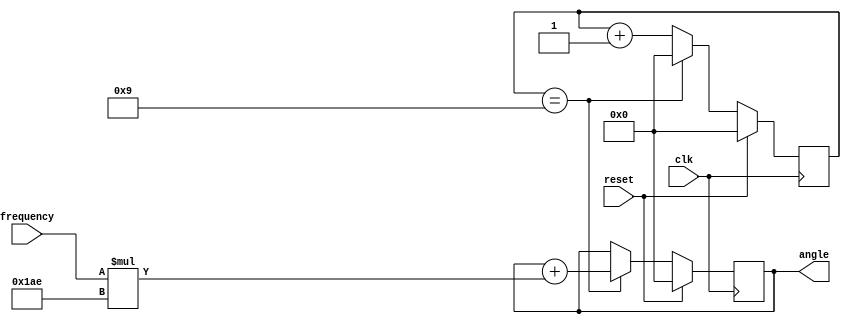
`timescale 1ns / 1ps
//////////////////////////////////////////////////////////////////////////////////
// Company: 
// Engineer: 
// 
// Design Name: 
// Module Name: angle_generator
// Project Name: 
// Target Devices: 
// Tool Versions: 
// Description: 
// 
// Dependencies: 
// 
// Revision:
// Revision 0.01 - File Created
// Additional Comments:
// 
//////////////////////////////////////////////////////////////////////////////////


module angle_generator(
  input reset,
  input clk,
  input [15:0] frequency,
  output reg [31:0] angle
);
reg [31:0] count;
always @(posedge clk) begin
if (reset)
    begin
        angle<=0;
        count<=0;
    end
else
    begin
      if (count == 32'b00000000000000000000000000001001) begin
        angle <= angle+(frequency * 32'd430);
        count <= 0;
      end
      else begin
        count <= count + 1;
      end
    end
end
endmodule